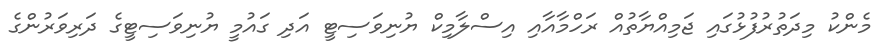
މެންކު މިދަތުރުފުޅުގައި ޖަމިއްޔާތުއް ރަހްމާއާއި އިސްލާމިކް ޔުނިވަސިޓީ އަދި ގައުމީ ޔުނިވަސިޓީގެ ދަރިވަރުންގެ